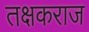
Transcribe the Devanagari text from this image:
तक्षकराज